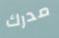
مدرك